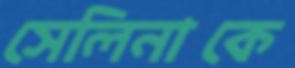
সেলিনাকে